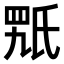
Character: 𣱍